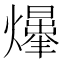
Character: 𤑥